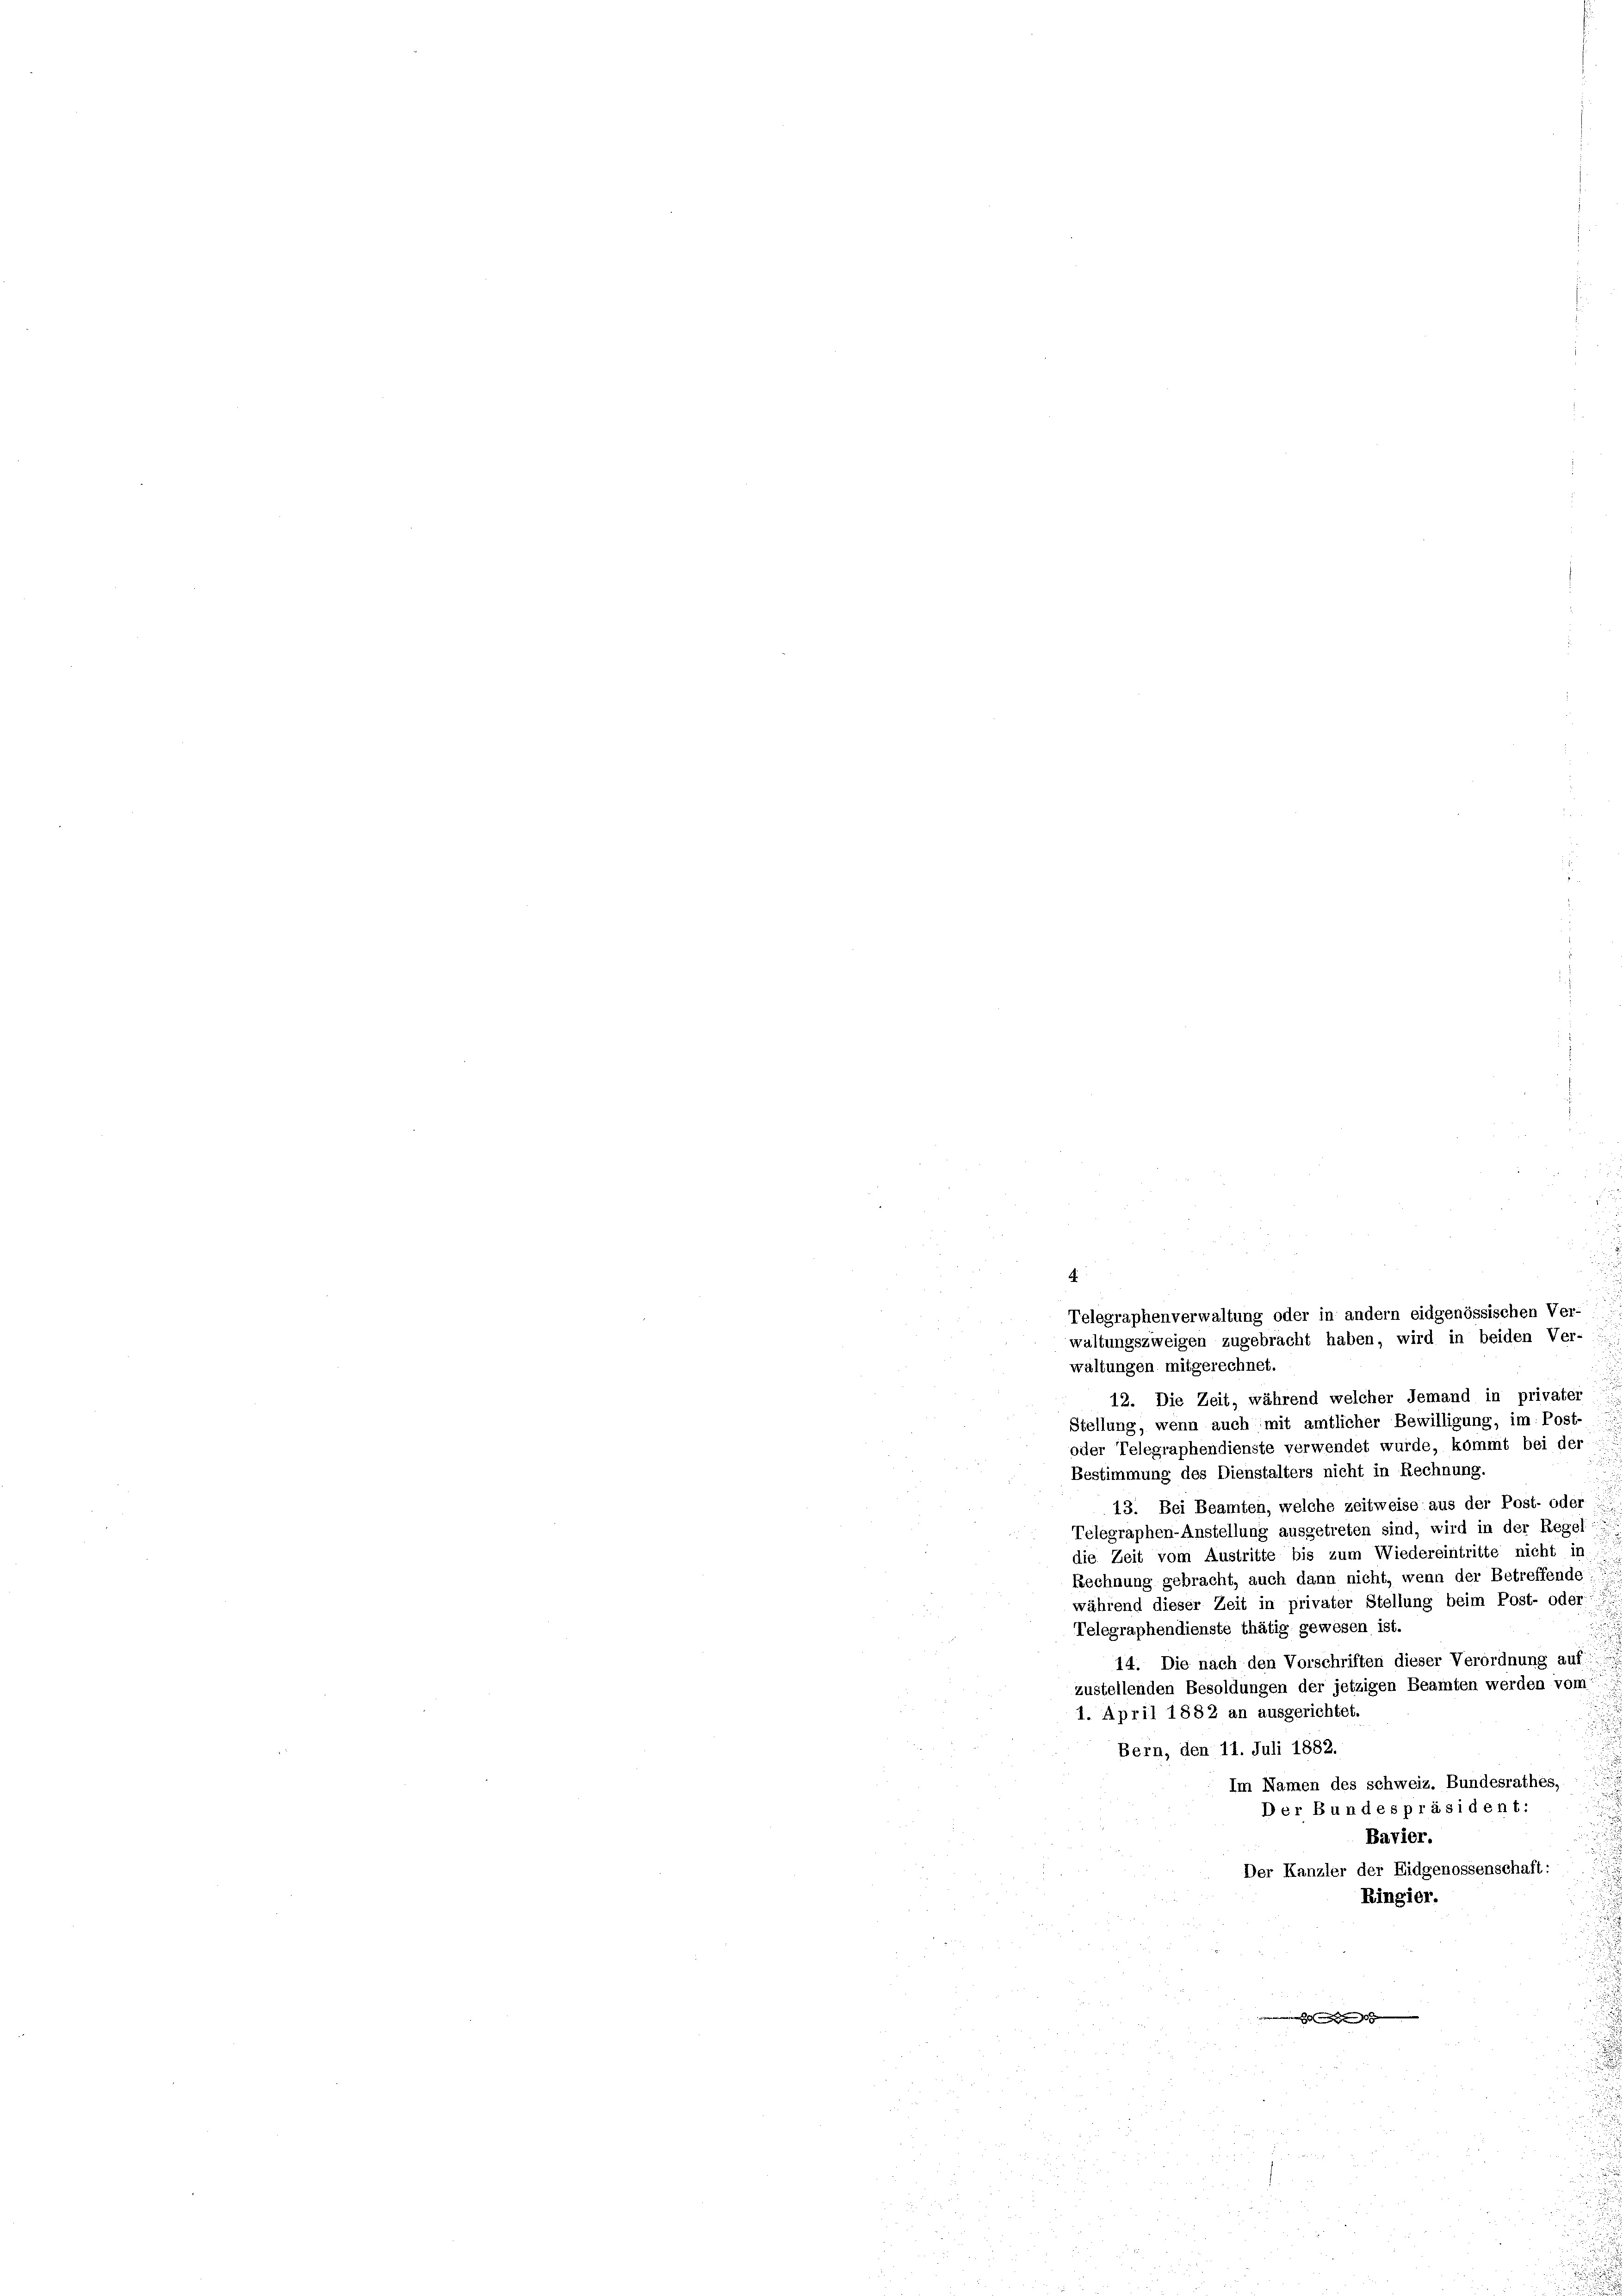
waltungen mitgerechnet.
12. Die Zeit, während welcher Jemand in privater
Stellung, wenn auch mit amtlicher Bewilligung, im Post-
oder Telegraphendienste verwendet wurde, kommt bei der
Bestimmung des Dienstalters nicht in Rechnung.
13. Bei Beamten, welche zeitweise aus der Post- oder
Telegraphen-Anstellung ausgetreten sind, wird in der Regel
die Zeit vom Austritte bis zum Wiedereintritte nicht in
Rechnung gebracht, auch dann nicht, wenn der Betreffende
während dieser Zeit in privater Stellung beim Post- oder
Telegraphendienste thätig gewesen ist.
14. Die nach den Vorschriften dieser Verordnung auf:
zustellenden Besoldungen der jetzigen Beamten werden vom
1. April 1882 an ausgerichtet.
Bern, den 11. Juli 1882.
Im Namen des schweiz. Bundesrathes,
Der Bundespräsident:
Bavier.
Der Kanzler der Eidgenossenschaft:
Ringier.
1
u

4.

Telegraphenverwaltung oder in andern eidgenössischen Ver
waltungszweigen zugebracht haben, wird in beiden Ver-